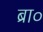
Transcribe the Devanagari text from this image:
ब्रा०